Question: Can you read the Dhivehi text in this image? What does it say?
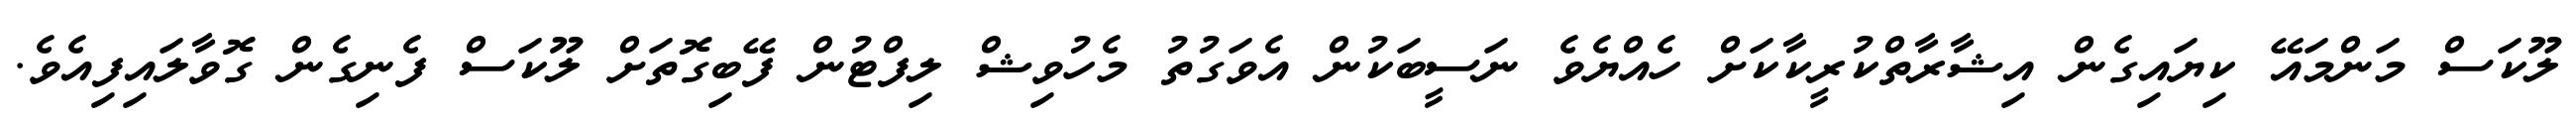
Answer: ލޫކަސް މަންމައޭ ކިޔައިގެން އިޝާރާތްކުރީކާކަށް ހެއްޔެވެ ނަސީބަކުން އެވަގުތު މެހުވިޝް ލިފްޓުން ފޭބިގޮތަށް ލޫކަސް ފެނިގެން ގޮވާލައިފިއެވެ.